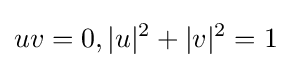
uv=0,|u|^{2}+|v|^{2}=1